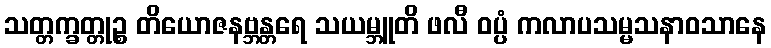
သတ္တက္ခတ္တုဉ္စ တိယောဇနဗ္ဘန္တရေ သယမ္ဘူတိ ဖလီ ဝပ္ပံ ကလာပသမ္မသနာဝသာနေ